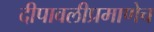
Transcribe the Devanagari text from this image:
दीपावलीप्रमाणेच